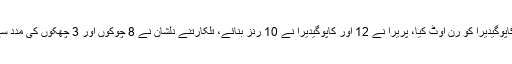
افغانستان کے کھلاڑیوں نے بہترین فیلڈنگ کا مظاہرہ کرتے ہوئے پریرا اور کاپوگیدیرا کو رن آؤٹ کیا، پریرا نے 12 اور کاپوگیدیرا نے 10 رنز بنائے، تلکارتنے دلشان نے 8 چوکوں اور 3 چھکوں کی مدد سے ناقابل شکست 83 رنز بنائے، کپتان میتھیوز 21رنز بنا کر ناٹ آؤٹ رہے۔